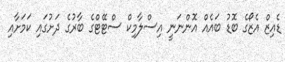
ޑެއިޒް އެޒޯގެ ބޮޑު ބައެއް އޮންނަނީ އިސްލާމިކް ސްޓޭޓްގެ ބާރުގެ ދަށުގައި ކަމަށާއި